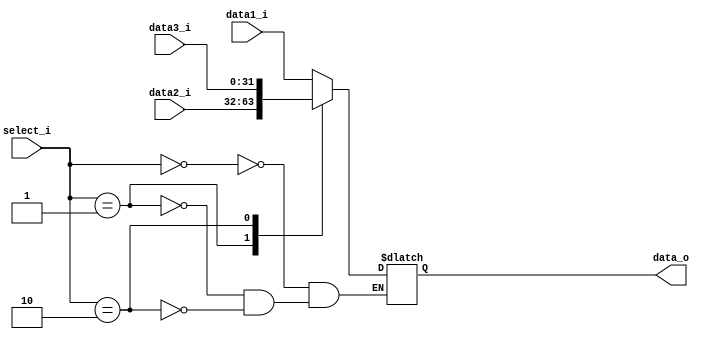
module MUX3(
    data1_i,
	data2_i,
    data3_i,
	select_i,
	data_o
);

// Ports
input  [31 : 0] data1_i;
input  [31 : 0] data2_i;
input  [31 : 0] data3_i;
input  [1 : 0]  select_i;
output [31 : 0] data_o;


reg [31 : 0] data_reg;

assign data_o = data_reg;

always @(data1_i or data2_i or data3_i or select_i)
begin
	case (select_i)
		2'b00: data_reg = data1_i;
		2'b01: data_reg = data2_i;
		2'b10: data_reg = data3_i;
	endcase
end



endmodule